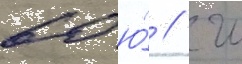
60 ю́ // Ш